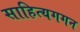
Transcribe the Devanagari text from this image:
साहित्यगगन